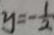
y = - \frac { 1 } { 2 }